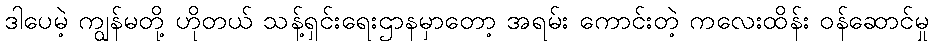
ဒါပေမဲ့ ကျွန်မတို့ ဟိုတယ် သန့်ရှင်းရေးဌာနမှာတော့ အရမ်း ကောင်းတဲ့ ကလေးထိန်း ဝန်ဆောင်မှု